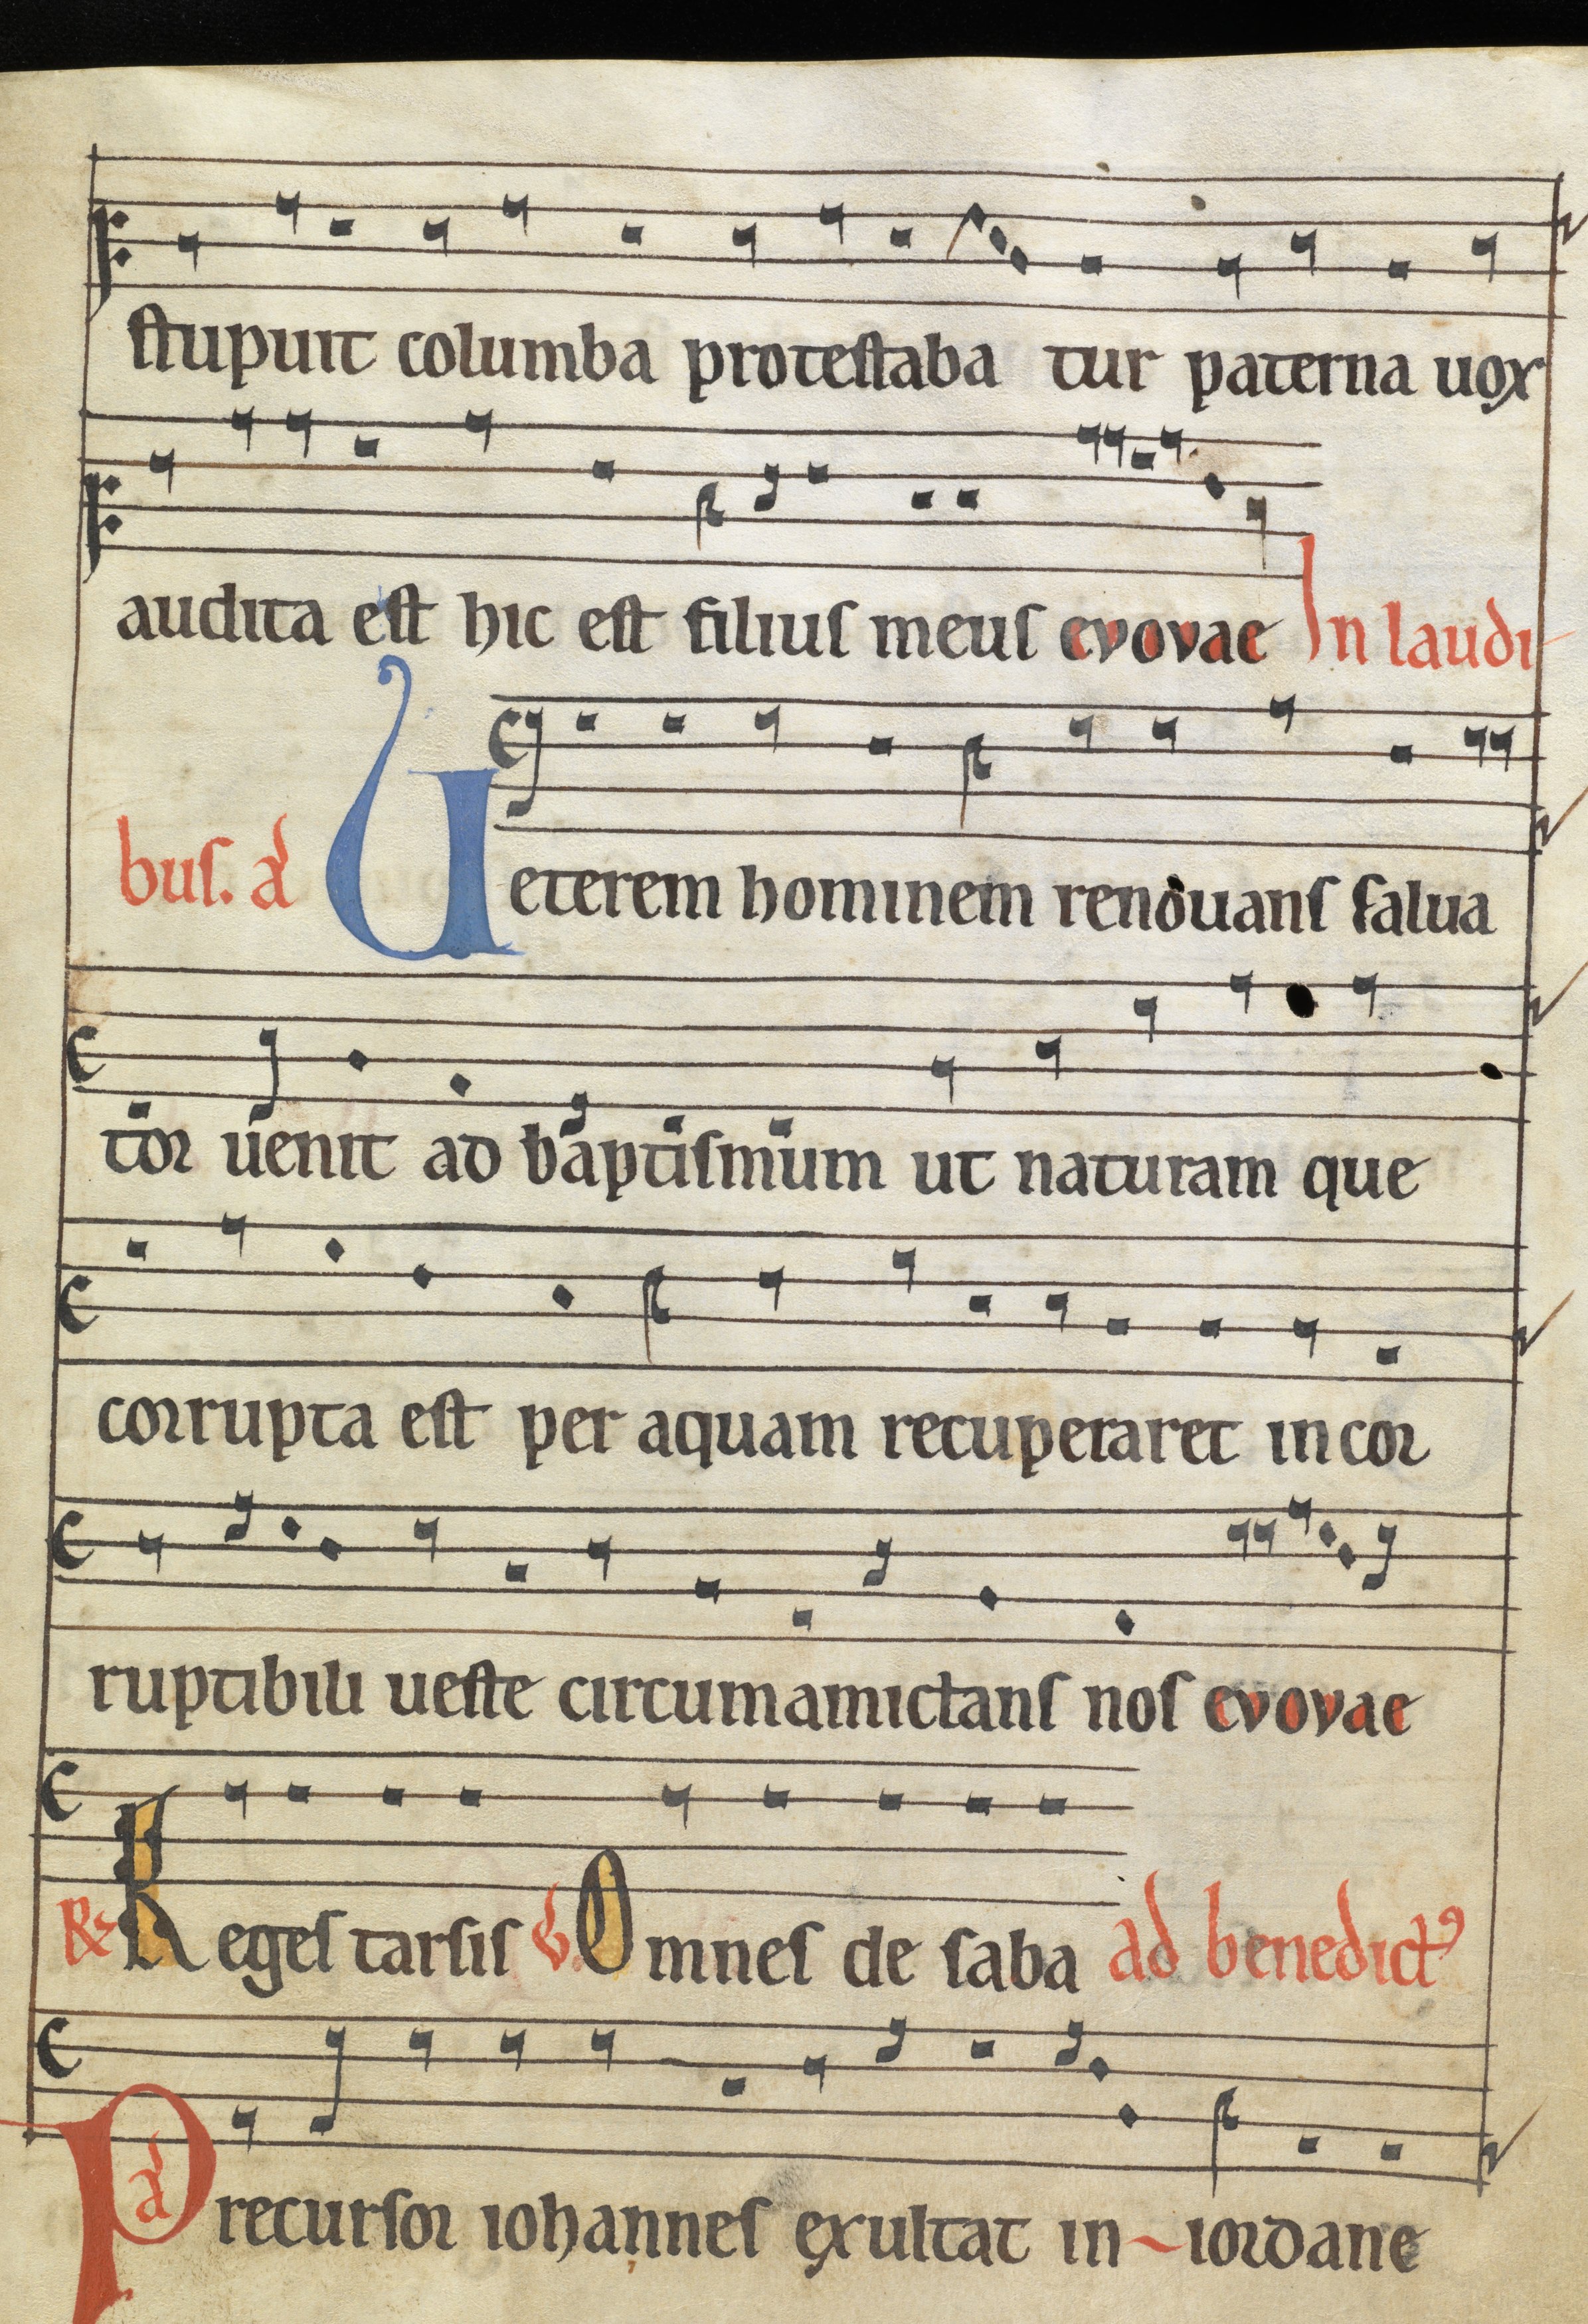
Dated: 1185–1215